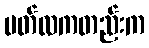
မတ်လကတည်းက